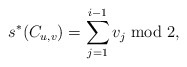
\begin{align*}s^\ast(C_{u,v}) = \sum_{j=1}^{i-1} v_j \bmod 2,\end{align*}